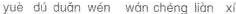
yu\grave{e}d\acute{u} du\check{a}n w\acute{e}n w\acute{a}n ch\bar{e}ng li\grave{a}n xi